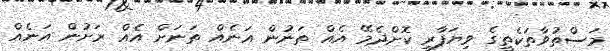
މަސްތުވާތަކެތީގެ ވިޔަފާރި ކޮށްދެމޭ އެއް ތަނުން އަނެއް ތަނަށް އެއް ރަށުން އަނެއް